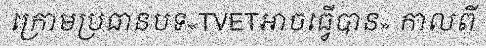
ក្រោមប្រធានបទ«TVETអាចធ្វើបាន» កាលពី